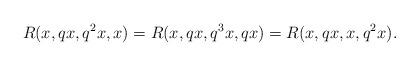
LaTeX: \begin{align*} R(x, qx,q^{2}x,x)=R(x,qx,q^{3}x,qx)=R(x,qx,x,q^{2}x). \end{align*}